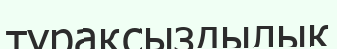
тұрақсыздылық